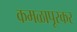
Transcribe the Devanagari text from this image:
कमळापूरकर